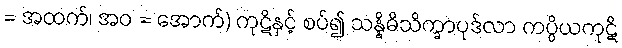
= အထက်၊ အဝ = အောက်) ကုဋိနှင့် စပ်၍ သန္နိဓိသိက္ခာပုဒ်လာ ကပ္ပိယကုဋိ